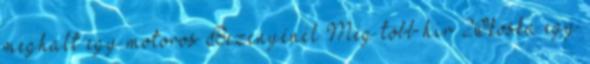
meghalt egy motoros Bezenyénél Még több hír 2Okoska egy